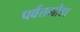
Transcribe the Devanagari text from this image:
पर्वतगौडा